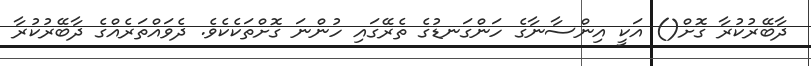
ދާބޭރުކުރާ ގޮށް() އަކީ އިންސާނާގެ ހަންގަނޑުގެ ތެރޭގައި ހުންނަ ގޮށްތަކެކެވެ. ދެވައްތަރެއްގެ ދާބޭރުކުރާ